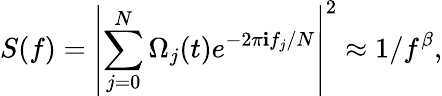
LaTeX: S(f)=\left|\sum_{j=0}^{N}\Omega_{j}(t)e^{-2\pi\mathbf{i}f_{j}/N}\right|^{2}\approx1/f^{\beta},